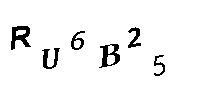
RU6B25